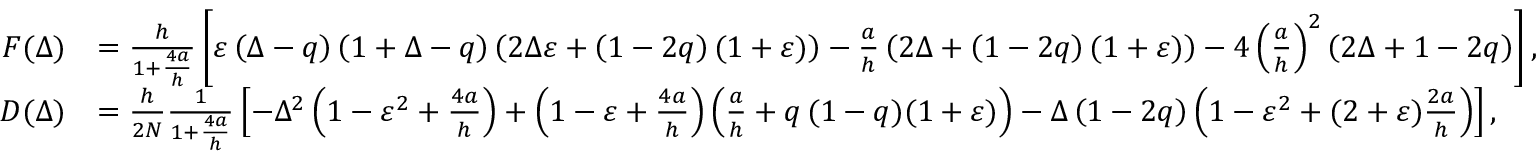
\begin{array} { r l } { F ( \Delta ) } & { = \frac { h } { 1 + \frac { 4 a } { h } } \left[ \varepsilon \left( \Delta - q \right) \left( 1 + \Delta - q \right) \left( 2 \Delta \varepsilon + \left( 1 - 2 q \right) ( 1 + \varepsilon ) \right) - \frac { a } { h } \left( 2 \Delta + \left( 1 - 2 q \right) ( 1 + \varepsilon ) \right) - 4 \left( \frac { a } { h } \right) ^ { 2 } \left( 2 \Delta + 1 - 2 q \right) \right] , } \\ { D ( \Delta ) } & { = \frac { h } { 2 N } \frac { 1 } { 1 + \frac { 4 a } { h } } \left[ - \Delta ^ { 2 } \left( 1 - \varepsilon ^ { 2 } + \frac { 4 a } { h } \right) + \left( 1 - \varepsilon + \frac { 4 a } { h } \right) \left( \frac { a } { h } + q \thinspace ( 1 - q ) ( 1 + \varepsilon ) \right) - \Delta \left( 1 - 2 q \right) \left( 1 - \varepsilon ^ { 2 } + ( 2 + \varepsilon ) \frac { 2 a } { h } \right) \right] , } \end{array}